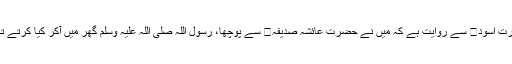
حضرت اسود سے روایت ہے کہ میں نے حضرت عائشہ صدیقہ سے پوچھا، رسول اللہ صلی اللہ علیہ وسلم گھر میں آکر کیا کرتے تھے؟